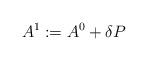
LaTeX: \begin{align*}A^1:= A^0 + \delta P\end{align*}